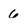
Character: 6